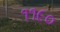
૧૧૯૦